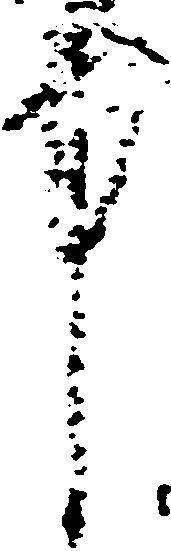
中